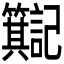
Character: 𫂮